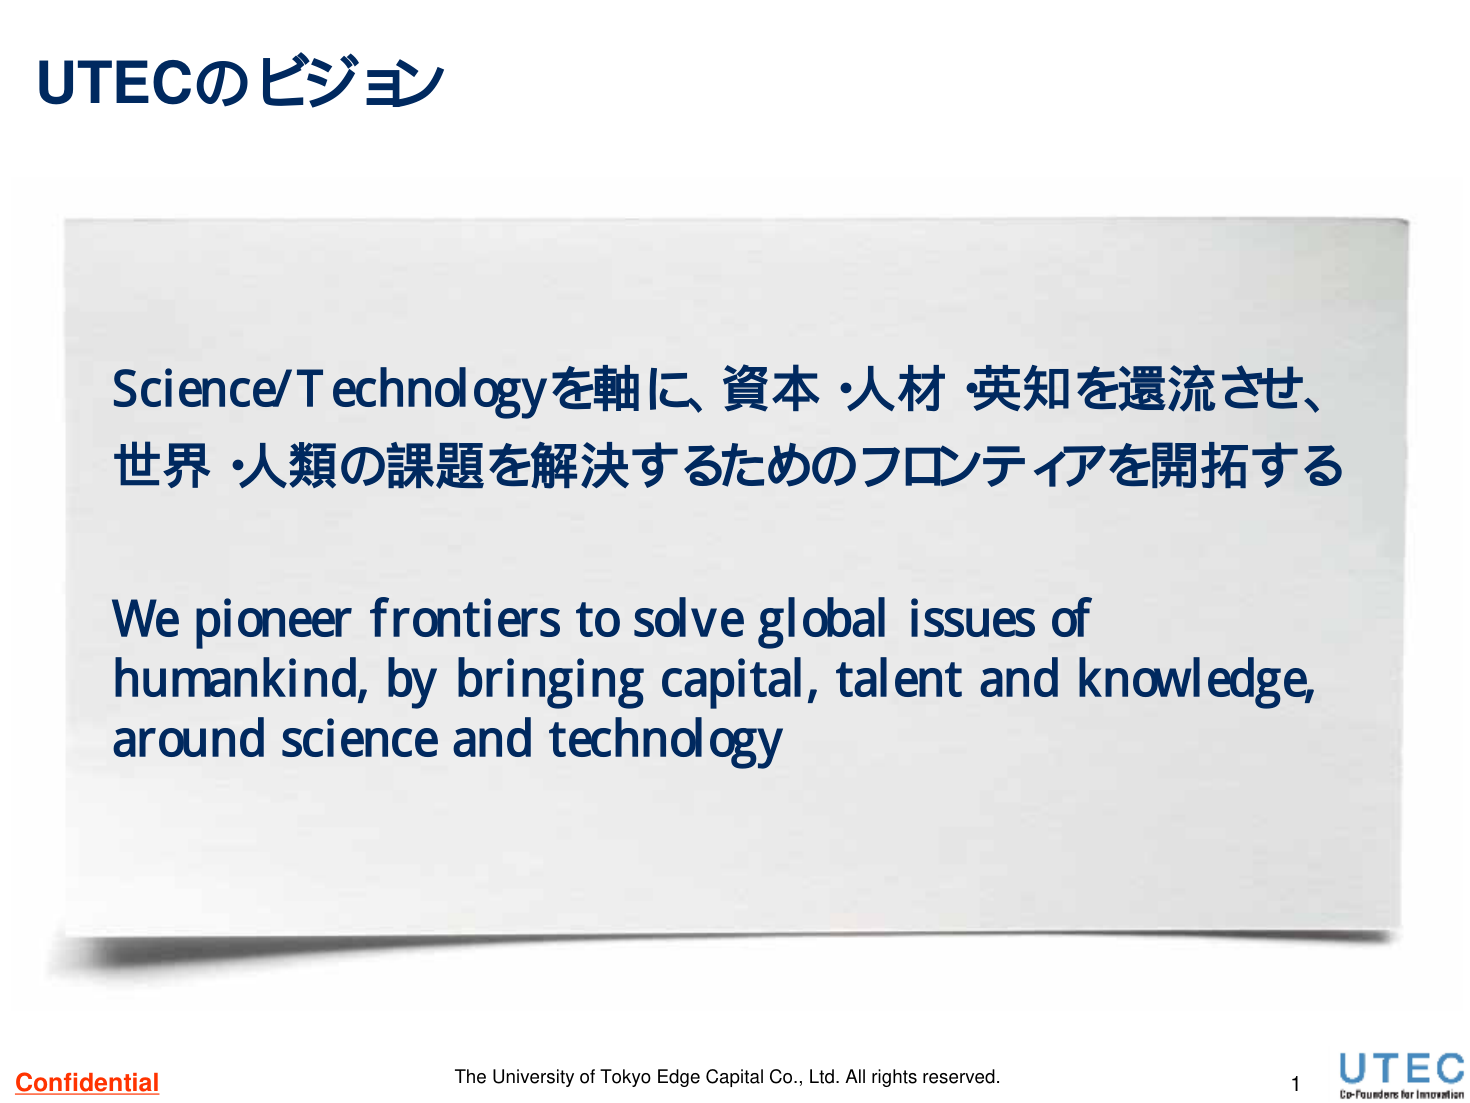
UTECのビジョン

Science/Technologyを軸に、資本・人材・英知を還流させ、
世界・人類の課題を解決するためのフロンティアを開拓する

We pioneer frontiers to solve global issues of
humankind, by bringing capital, talent and knowledge,
around science and technology

Confidential
The University of Tokyo Edge Capital Co., Ltd. All rights reserved.
1
UTEC
Co-Founders for Innovation